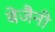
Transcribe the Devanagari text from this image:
बेजैनी